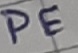
Text: PE